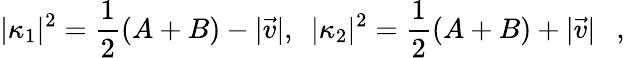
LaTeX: |\kappa_{1}|^{2}={\frac{1}{2}}(A+B)-|\vec{v}|,~~|\kappa_{2}|^{2}={\frac{1}{2}}(A+B)+|\vec{v}|~~~,